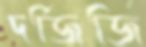
দর্জিজি